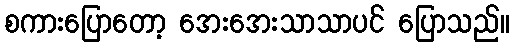
စကားပြောတော့ အေးအေးသာသာပင် ပြောသည်။